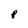
Character: p